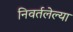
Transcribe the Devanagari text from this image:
निवर्तलेल्या